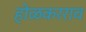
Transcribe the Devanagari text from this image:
होळकरराव